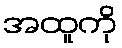
အထူကို